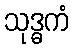
သုဒ္ဓကံ